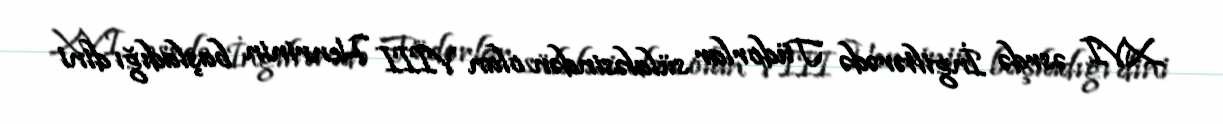
XVI əsrdə İngiltərədə Tüdorlar sülaləsindən olan VIII Henrinin başladığı dini